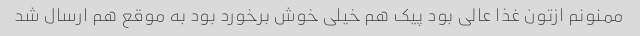
ممنونم ازتون غذا عالی بود پیک هم خیلی خوش برخورد بود به موقع هم ارسال شد